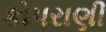
કોપરાણી